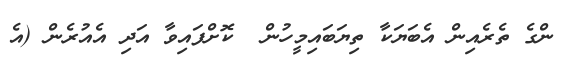
ންގެ ތެރެއިން އެބަޔަކާ ތިޔަބައިމީހުން  ކޮށްފައިވާ އަދި އެއުރެން (އެ